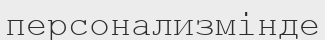
персонализмінде